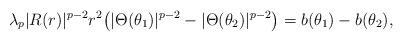
LaTeX: \begin{align*}\lambda_p|R(r)|^{p-2}r^2\bigl(|\Theta(\theta_1)|^{p-2}-|\Theta(\theta_2)|^{p-2}\bigr)=b(\theta_1)-b(\theta_2),\end{align*}